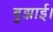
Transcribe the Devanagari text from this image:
बुझाई।